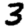
Digit: 3